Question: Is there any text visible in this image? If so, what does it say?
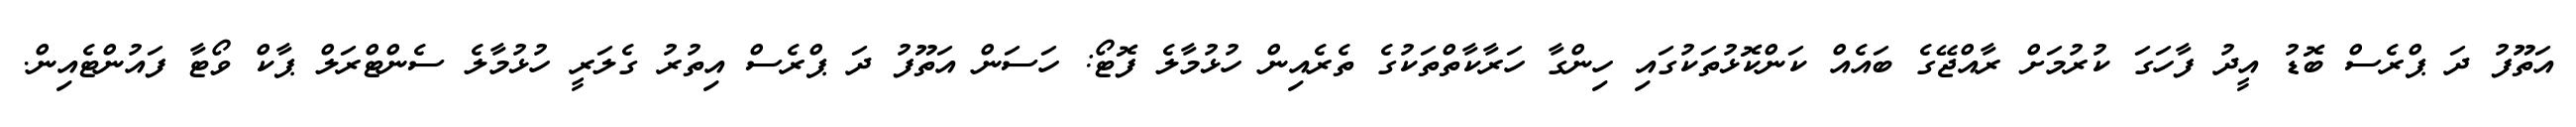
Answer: އަތޫފު ދަ ޕްރެސް ބޮޑު އީދު ފާހަގަ ކުރުމަށް ރާއްޖޭގެ ބައެއް ކަންކޮޅުތަކުގައި ހިންގާ ހަރާކާތްތަކުގެ ތެރެއިން ހުޅުމާލެ ފޮޓޯ: ހަސަން އަތޫފު ދަ ޕްރެސް އިތުރު ގެލަރީ ހުޅުމާލެ ސެންޓްރަލް ޕާކް ވޯޓާ ފައުންޓެއިން.